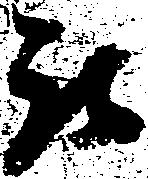
被